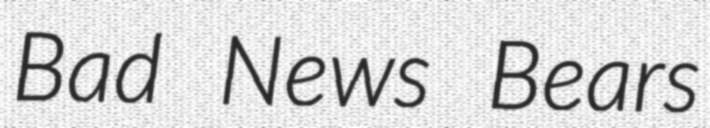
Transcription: Bad News Bears